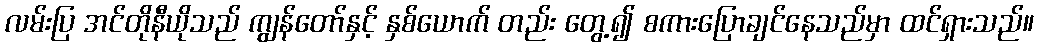
လမ်းပြ အင်တိုနီယိုသည် ကျွန်တော်နှင့် နှစ်ယောက် တည်း တွေ့၍ စကားပြောချင်နေသည်မှာ ထင်ရှားသည်။